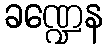
ခဏ္ဍေန